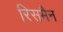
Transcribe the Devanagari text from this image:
रिसमैन